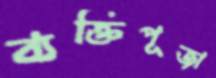
ব্যক্তিপূজা